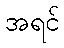
အရင်